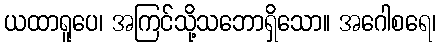
ယထာရူပေ၊ အကြင်သို့သဘောရှိသော။ အဂေါစရေ၊